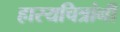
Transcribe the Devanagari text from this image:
हास्यचित्रांनी